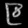
Digit: ၉